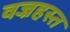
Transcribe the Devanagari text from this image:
वज्रहस्त